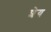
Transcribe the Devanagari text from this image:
शेय